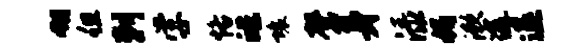
翎但剌学恪皓壤磬身渌媚漱途退